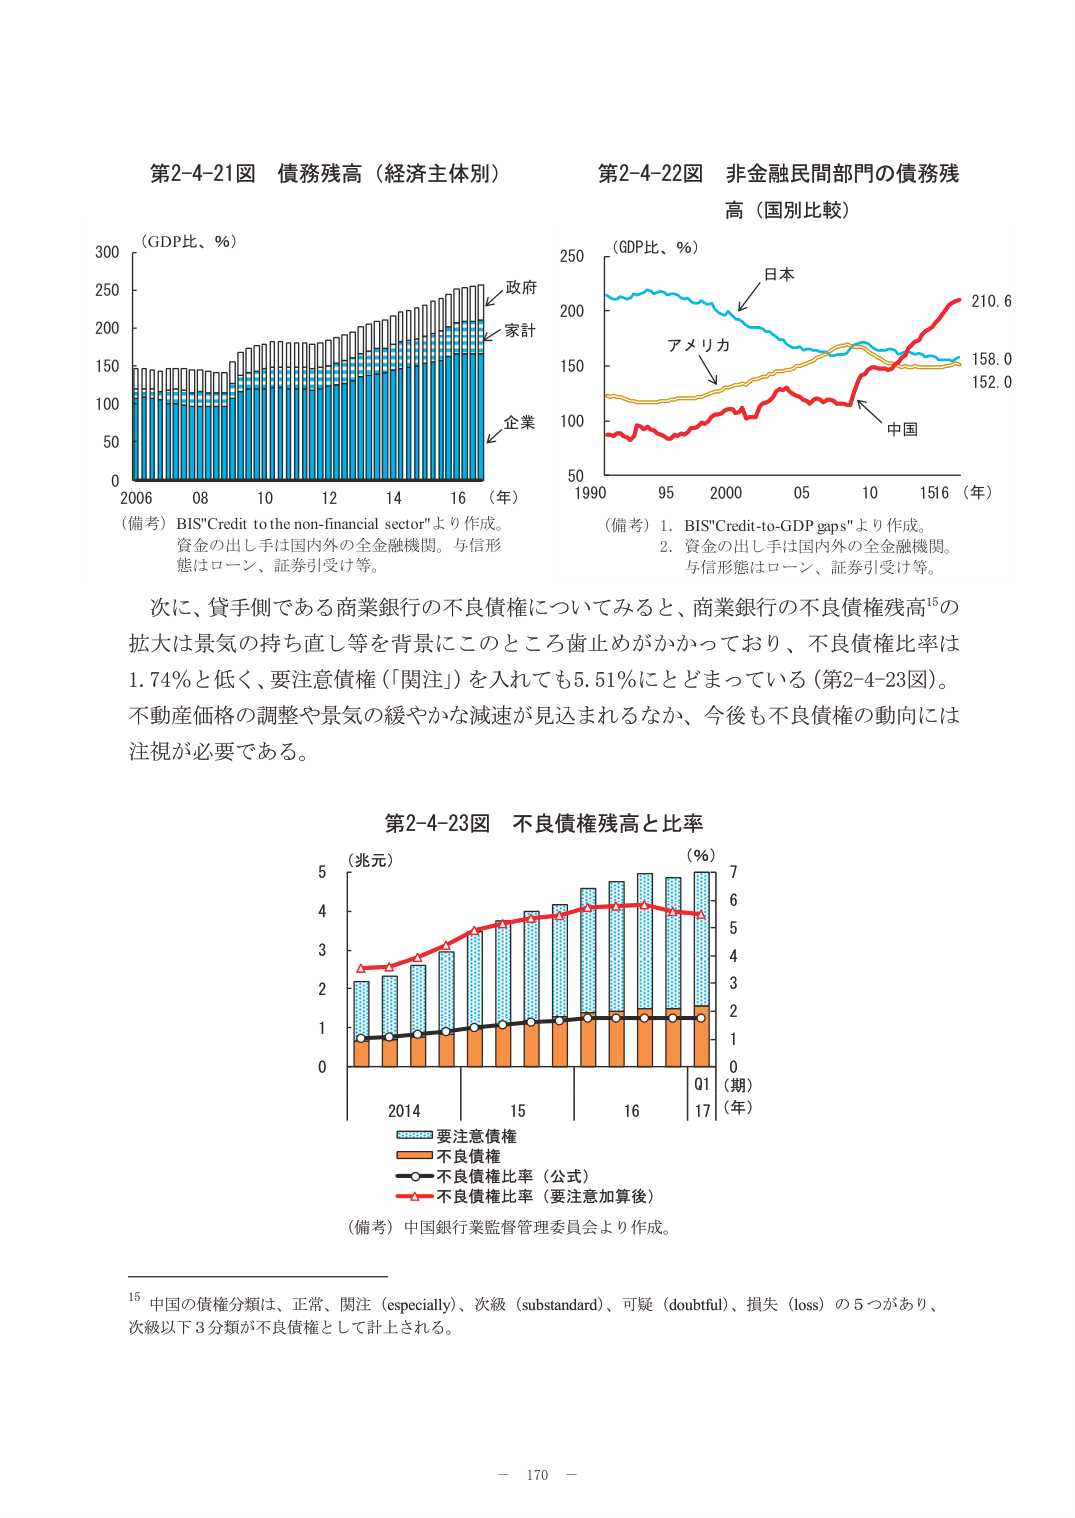
第2-4-21図 債務残高（経済主体別）
（GDP比、％）
2006 08 10 12 14 16（年）
政府
家計
企業
（備考）BIS"Credit to the non-financial sector"より作成。
資金の出しが手は国内外の全金融機関。与信形態はローン、証券引受け等。

第2-4-22図 非金融民間部門の債務残高（国別比較）
（GDP比、％）
1990 95 2000 05 10 15 16（年）
日本
アメリカ
中国
210.6
158.0
152.0
（備考）1. BIS"Credit-to-GDP gaps"より作成。
2. 資金の出しが手は国内外の全金融機関。与信形態はローン、証券引受け等。

次に、貸手側である商業銀行の不良債権についてみると、商業銀行の不良債権残高¹⁵の拡大は景気の持ち直し等を背景にこのところ歯止めがかかっており、不良債権比率は1.74％と低く、要注意債権（「関注」）を入れても5.51％にとどまっている（第2-4-23図）。不動産価格の調整や景気の緩やかな減速が見込まれるなか、今後も不良債権の動向には注視が必要である。

第2-4-23図 不良債権残高と比率
（兆元）
（％）
2014 15 16 Q1（期）（年）
要注意債権
不良債権
不良債権比率（公式）
不良債権比率（要注意加算後）
（備考）中国銀行業監督管理委員会より作成。

¹⁵ 中国の債権分類は、正常、関注（especially）、次級（substandard）、可疑（doubtful）、損失（loss）の5つがあり、次級以下3分類が不良債権として計上される。

－ 170 －